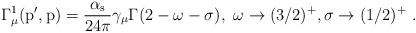
\begin{align*}\rm \Gamma^1_\mu (p^\prime,p) = \frac{\alpha_s}{24\pi} \gamma_\mu \Gamma(2-\omega-\sigma),~ \omega \to (3/2)^+, \sigma\to (1/2)^+~.\end{align*}